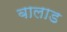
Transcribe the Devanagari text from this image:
बालाड